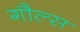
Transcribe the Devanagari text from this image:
गौल्स